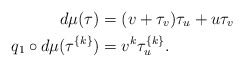
\begin{align*} d\mu (\tau) &= (v +\tau_v )\tau_u + u\tau_v \\ q_1\circ d\mu (\tau^{\{k\}}) &= v^k \tau_u^{\{k\}}.\end{align*}